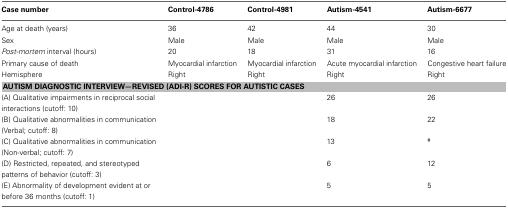
| Case number | Control-4786 | Control-4981 | Autism-4541 | Autism-6677 |
 | --- | --- | --- | --- | --- |
 | Age at death (years) | 36 | 42 | 44 | 30 |
 | Sex | Male | Male | Male | Male |
 | Post-mortem interval (hours) | 20 | 18 | 31 | 16 |
 | Primary cause of death | Myocardial infarction | Myocardial infarction | Acute myocardial infarction | Congestive heart failure |
 | Hemisphere | Right | Right | Right | Right |
 | <COLSPAN=5> AUTISM DIAGNOSTIC INTERVIEW—REVISED (ADI-R) SCORES FOR AUTISTIC CASES |
 | (A) Qualitative impairments in reciprocal social interactions (cutoff: 10) |  |  | 26 | 26 |
 | (B) Qualitative abnormalities in communication (Verbal; cutoff: 8) |  |  | 18 | 22 |
 | (C) Qualitative abnormalities in communication (Non-verbal; cutoff: 7) |  |  | 13 | # |
 | (D) Restricted, repeated, and stereotyped patterns of behavior (cutoff: 3) |  |  | 6 | 12 |
 | (E) Abnormality of development evident at or before 36 months (cutoff: 1) |  |  | 5 | 5 |